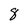
Character: 8